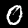
Digit: 0